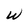
Character: W